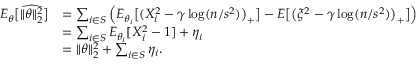
\begin{array} { r l } { E _ { \theta } \big [ \widehat { \| \theta \| _ { 2 } ^ { 2 } } \big ] } & { = \sum _ { i \in S } \Big ( E _ { \theta _ { i } } \big [ ( X _ { i } ^ { 2 } - \gamma \log ( n / s ^ { 2 } ) \big ) _ { + } \big ] - E \big [ \big ( \xi ^ { 2 } - \gamma \log ( n / s ^ { 2 } ) \big ) _ { + } \big ] \Big ) } \\ & { = \sum _ { i \in S } E _ { \theta _ { i } } [ X _ { i } ^ { 2 } - 1 ] + \eta _ { i } } \\ & { = \| \theta \| _ { 2 } ^ { 2 } + \sum _ { i \in S } \eta _ { i } . } \end{array}